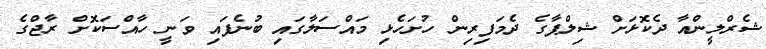
ޝެރްލީންއާ ދެކޮޅަށް ޝިލްޕާގެ ދެމަފިރިން ހުށަހެޅި މައްސަލާގައި ބުނެފައި ވަނީ ހާއްސަކޮށް ރާޖްގެ